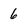
Character: 6